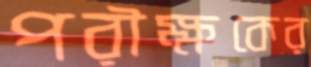
পরীক্ষকের